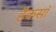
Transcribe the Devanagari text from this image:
हैकसॉ